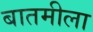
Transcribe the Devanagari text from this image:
बातमीला